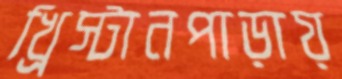
খ্রিস্টানপাড়ায়